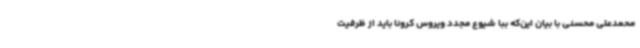
محمدعلی محسنی با بیان این‌که ببا شیوع مجدد ویروس کرونا باید از ظرفیت